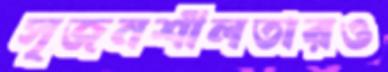
সৃজনশীলতারও